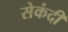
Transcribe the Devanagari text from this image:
सेकंदी